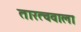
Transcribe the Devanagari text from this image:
तारत्ववाला